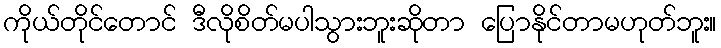
ကိုယ်တိုင်တောင် ဒီလိုစိတ်မပါသွားဘူးဆိုတာ ပြောနိုင်တာမဟုတ်ဘူး။